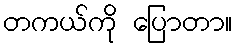
တကယ်ကို ပြောတာ။